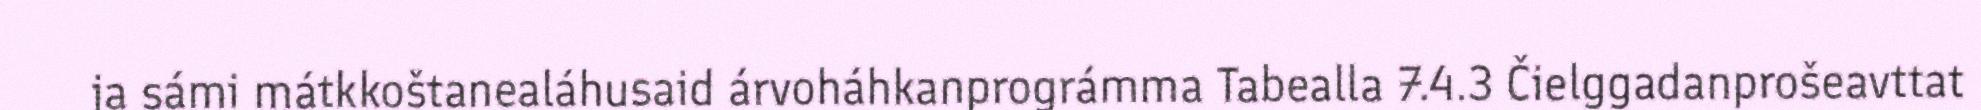
ja sámi mátkkoštanealáhusaid árvoháhkanprográmma Tabealla 7.4.3 Čielggadanprošeavttat